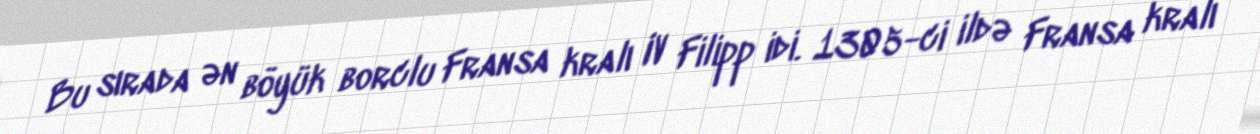
Bu sırada ən böyük borclu Fransa kralı IV Filipp idi. 1305-ci ildə Fransa kralı